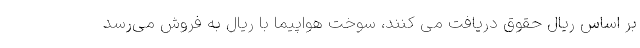
بر اساس ریال حقوق دریافت می کنند، سوخت هواپیما با ریال به فروش می‌رسد